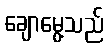
ချောမွေ့သည်